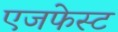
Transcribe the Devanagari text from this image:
एजफेस्ट